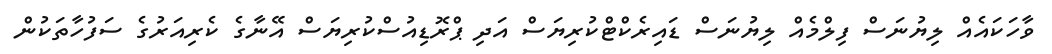
ވާހަކައެއް ލިޔުނަސް ފިލްމެއް ލިޔުނަސް ޑައިރެކްޓްކުރިޔަސް އަދި ޕްރޮޑިއުސްކުރިޔަސް އޭނާގެ ކެރިއަރުގެ ސަފުހާތަކުން